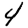
Digit: 4